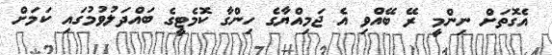
އެގޮތަށް ނިންމީ ރޭ ބޭއްވި އެ ޖަމިއްޔާގެ ހިންގާ ކޮމެޓީގެ ބައްދަލުވުމުގައި ކަމަށް